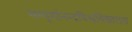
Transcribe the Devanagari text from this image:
सम्पूर्णानन्दविश्वविद्यालय